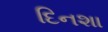
દિનશા